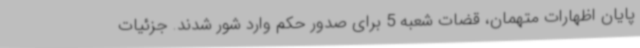
پایان اظهارات متهمان، قضات شعبه 5 برای صدور حکم وارد شور شدند. جزئیات